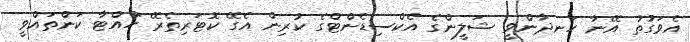
އެވަގުތު އޭނާ ހަނދާންވީ ޝަލީންގެ އެކްސިޑެންޓްގެ ކުރިން އެގޭ ކޮޓަރިތެރޭ ހުއްޓާ ކަންތައްވީ